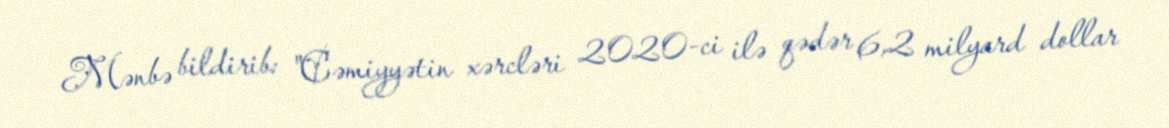
Mənbə bildirib: "Cəmiyyətin xərcləri 2020-ci ilə qədər 6,2 milyard dollar